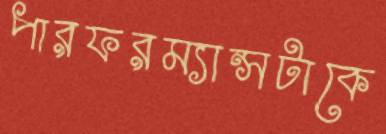
পারফরম্যান্সটাকে